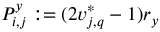
P _ { i , j } ^ { y } : = ( 2 v _ { j , q } ^ { * } - 1 ) r _ { y }